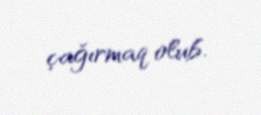
çağırmaq olub.